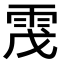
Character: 𩂟